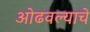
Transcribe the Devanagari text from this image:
ओढवल्याचे